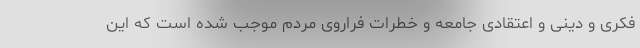
فکری و دینی و اعتقادی جامعه و خطرات فراروی مردم موجب شده است که این